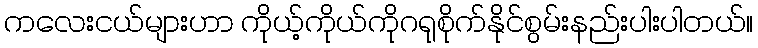
ကလေးငယ်များဟာ ကိုယ့်ကိုယ်ကိုဂရုစိုက်နိုင်စွမ်းနည်းပါးပါတယ်။